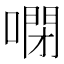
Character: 𠻻